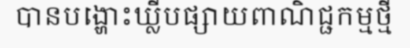
បានបង្ហោះឃ្លីបផ្សាយពាណិជ្ជកម្មថ្មី